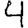
Digit: 4